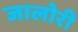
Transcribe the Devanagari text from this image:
जालोरी